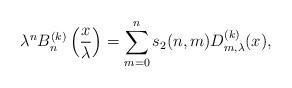
LaTeX: \begin{align*} \lambda^n B_n^{(k)} \left(\frac{x}{\lambda}\right)=\sum_{m=0}^n s_2 (n,m) D_{m,\lambda}^{(k) } (x),\end{align*}